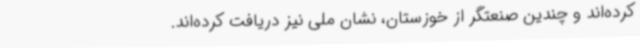
کرده‌اند و چندین صنعتگر از خوزستان، نشان ملی نیز دریافت کرده‌اند.